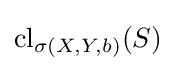
\operatorname {cl} _{\sigma (X,Y,b)}(S)